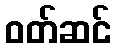
ဝတ်ဆင်